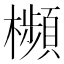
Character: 㰋